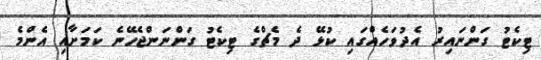
ޓިކެޓު ގަންނައިރު އެދުވަހެއްގައި ކުޅޭ ދެ މެޗްގެ ޓިކެޓު ގަންނަންޖެހޭނެ ކަމަށާއި އެންމެ